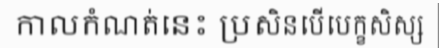
កាលកំណត់នេះ ប្រសិនបើបេក្ខសិស្ស